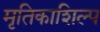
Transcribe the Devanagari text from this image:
मृतिकाशिल्प